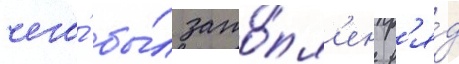
чего́ бы́л зато́пл'ен р'я́д